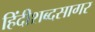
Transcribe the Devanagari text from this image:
हिंदीशब्दसागर